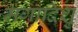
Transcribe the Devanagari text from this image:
मगादिशु